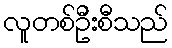
လူတစ်ဦးစီသည်